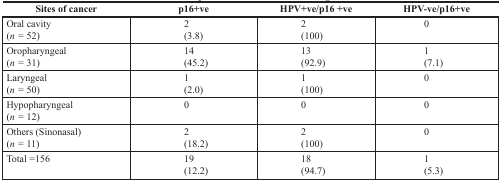
| Sites of cancer | p16+ve | HPV+ve/p16 +ve | HPV-ve/p16+ve |
 | --- | --- | --- | --- |
 | Oral cavity(n = 52) | 2(3.8) | 2(100) | 0 |
 | Oropharyngeal(n = 31) | 14(45.2) | 13(92.9) | 1(7.1) |
 | Laryngeal(n = 50) | 1(2.0) | 1(100) | 0 |
 | Hypopharyngeal(n = 12) | 0 | 0 | 0 |
 | Others (Sinonasal)(n = 11) | 2(18.2) | 2(100) | 0 |
 | Total =156 | 19(12.2) | 18(94.7) | 1(5.3) |